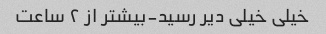
خیلی خیلی دیر رسید-بیشتر از ۲ ساعت